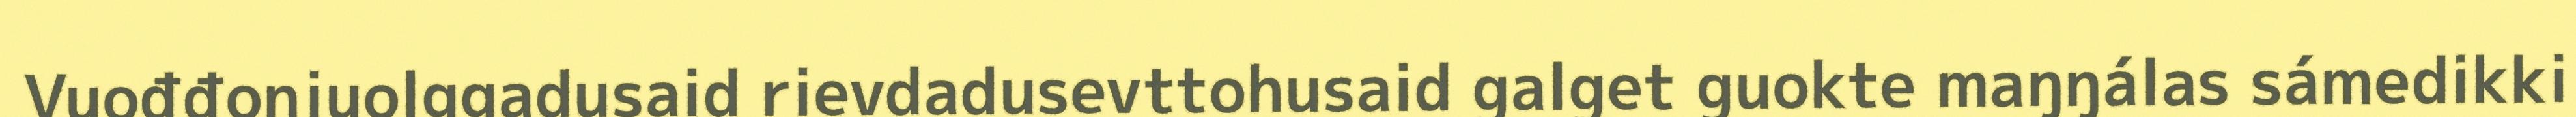
Vuođđonjuolggadusaid rievdadusevttohusaid galget guokte maŋŋálas sámedikki